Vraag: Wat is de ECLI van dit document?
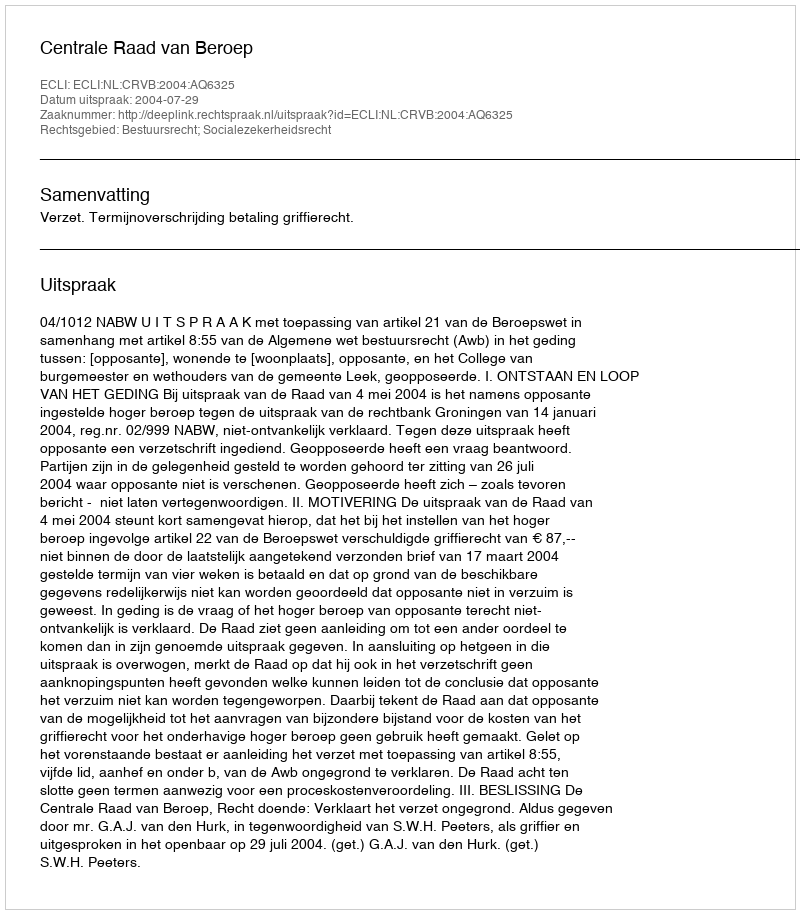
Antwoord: ECLI:NL:CRVB:2004:AQ6325